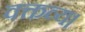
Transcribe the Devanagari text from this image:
वक्तव्य।